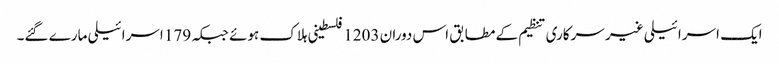
ایک اسرائیلی غیر سرکاری تنظیم کے مطابق اس دوران 1203 فلسطینی ہلاک ہوئے جبکہ 179 اسرائیلی مارے گئے۔